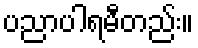
ပညာပါရမီတည်း။